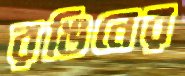
রঙিনের